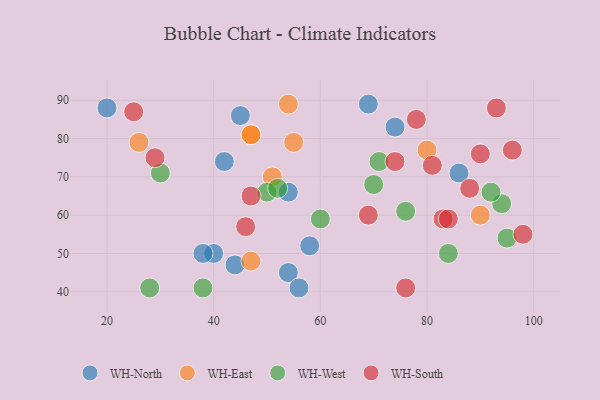
{"axis": {"x": "GDP", "y": "Life Expectancy"}, "legend": ["WH-East", "WH-North", "WH-South", "WH-West"], "data": [{"x": "86", "y": 71, "type": "WH-North"}, {"x": "69", "y": 89, "type": "WH-North"}, {"x": "54", "y": 45, "type": "WH-North"}, {"x": "74", "y": 83, "type": "WH-North"}, {"x": "56", "y": 41, "type": "WH-North"}, {"x": "40", "y": 50, "type": "WH-North"}, {"x": "54", "y": 66, "type": "WH-North"}, {"x": "45", "y": 86, "type": "WH-North"}, {"x": "38", "y": 50, "type": "WH-North"}, {"x": "58", "y": 52, "type": "WH-North"}, {"x": "44", "y": 47, "type": "WH-North"}, {"x": "20", "y": 88, "type": "WH-North"}, {"x": "42", "y": 74, "type": "WH-North"}, {"x": "51", "y": 70, "type": "WH-East"}, {"x": "55", "y": 79, "type": "WH-East"}, {"x": "80", "y": 77, "type": "WH-East"}, {"x": "26", "y": 79, "type": "WH-East"}, {"x": "47", "y": 81, "type": "WH-East"}, {"x": "47", "y": 81, "type": "WH-East"}, {"x": "47", "y": 48, "type": "WH-East"}, {"x": "54", "y": 89, "type": "WH-East"}, {"x": "90", "y": 60, "type": "WH-East"}, {"x": "30", "y": 71, "type": "WH-West"}, {"x": "50", "y": 66, "type": "WH-West"}, {"x": "38", "y": 41, "type": "WH-West"}, {"x": "28", "y": 41, "type": "WH-West"}, {"x": "94", "y": 63, "type": "WH-West"}, {"x": "95", "y": 54, "type": "WH-West"}, {"x": "92", "y": 66, "type": "WH-West"}, {"x": "52", "y": 67, "type": "WH-West"}, {"x": "76", "y": 61, "type": "WH-West"}, {"x": "84", "y": 50, "type": "WH-West"}, {"x": "60", "y": 59, "type": "WH-West"}, {"x": "70", "y": 68, "type": "WH-West"}, {"x": "71", "y": 74, "type": "WH-West"}, {"x": "78", "y": 85, "type": "WH-South"}, {"x": "83", "y": 59, "type": "WH-South"}, {"x": "29", "y": 75, "type": "WH-South"}, {"x": "47", "y": 65, "type": "WH-South"}, {"x": "84", "y": 59, "type": "WH-South"}, {"x": "76", "y": 41, "type": "WH-South"}, {"x": "74", "y": 74, "type": "WH-South"}, {"x": "46", "y": 57, "type": "WH-South"}, {"x": "69", "y": 60, "type": "WH-South"}, {"x": "25", "y": 87, "type": "WH-South"}, {"x": "93", "y": 88, "type": "WH-South"}, {"x": "81", "y": 73, "type": "WH-South"}, {"x": "98", "y": 55, "type": "WH-South"}, {"x": "90", "y": 76, "type": "WH-South"}, {"x": "88", "y": 67, "type": "WH-South"}, {"x": "96", "y": 77, "type": "WH-South"}]}